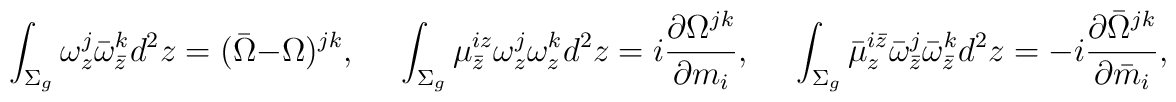
\int_{\Sigma_g}\omega^j_z\bar\omega^k_{\bar z}d^2z=(\bar\Omega-\Omega)^{jk},\quad\,\,\int_{\Sigma_g}\mu^{i z}_{\bar z}\omega^j_{z}\omega^k_{z}d^2z=i{\partial \Omega^{jk}\over\partial m_i},\quad\,\,\int_{\Sigma_g}\bar\mu^{i\bar z}_z\bar\omega^j_{\bar z}\bar\omega^k_{\bar z}d^2z=-i{\partial\bar\Omega^{jk}\over\partial\bar m_i},